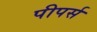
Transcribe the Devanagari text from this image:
पीपर्स